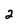
Character: 2